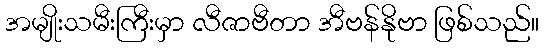
အမျိုးသမီးကြီးမှာ လီဇာဗီတာ အီဗန်နိုဗာ ဖြစ်သည်။